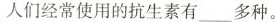
人们经常使用的抗生素有____多种。